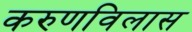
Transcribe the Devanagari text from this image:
करुणविलास